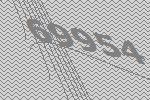
69954